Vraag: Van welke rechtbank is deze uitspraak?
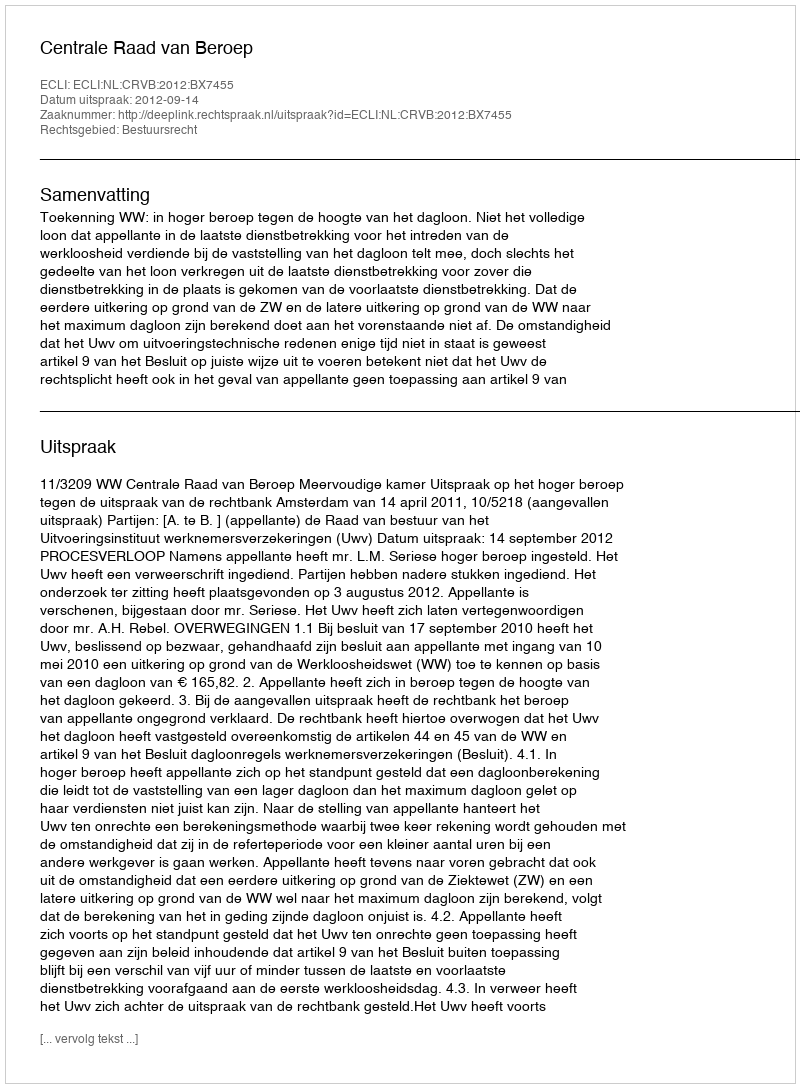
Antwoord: Centrale Raad van Beroep